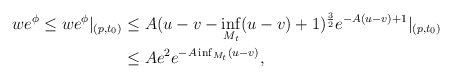
\begin{align*}\begin{aligned}w e^\phi \leq w e^\phi |_{(p,t_0)} &\leq A (u - v - \inf_{M_t} (u - v) + 1)^{\frac{3}{2}} e^{- A(u - v) + 1} |_{(p,t_0)} \\&\leq A e^2 e^{- A \inf_{M_t} (u - v)} ,\end{aligned}\end{align*}